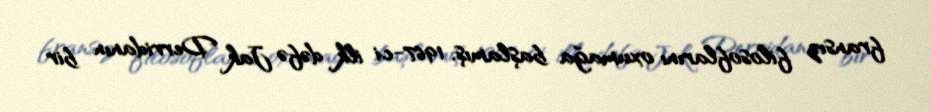
fransız filosoflarını oxumağa başlamış, 1967-ci ilk dəfə Jak Derridanın bir